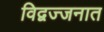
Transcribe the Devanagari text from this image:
विद्वज्जनात